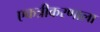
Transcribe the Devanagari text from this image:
एकत्रीकरणाला